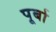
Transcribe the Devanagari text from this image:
पूर्बा